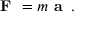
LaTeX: { \textbf { F } } = m { \textbf { a } } \, .